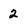
Character: 2